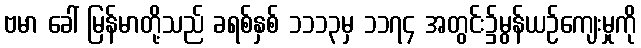
ဗမာ ခေါ် မြန်မာတို့သည် ခရစ်နှစ် ၁၁၁၃မှ ၁၁၇၄ အတွင်း၌မွန်ယဉ်ကျေးမှုကို